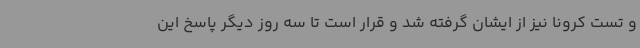
و تست کرونا نیز از ایشان گرفته شد و قرار است تا سه روز دیگر پاسخ این